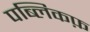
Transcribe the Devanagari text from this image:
पब्लिकफ़